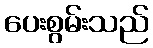
ပေးစွမ်းသည်